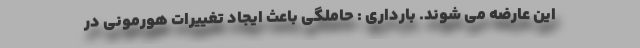
این عارضه می شوند. بارداری : حاملگی باعث ایجاد تغییرات هورمونی در